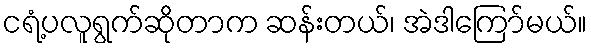
ငရံ့ပလူရွက်ဆိုတာက ဆန်းတယ်၊ အဲဒါကြော်မယ်။